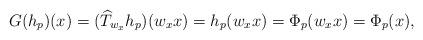
LaTeX: \begin{align*}G(h_{p})(x)=(\widehat{T}_{w_{x}} h_{p})(w_{x}x)=h_{p}(w_{x}x)=\Phi_{p}(w_{x}x)=\Phi_{p}(x), \end{align*}